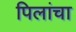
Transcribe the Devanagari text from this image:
पिलांचा